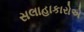
સલાહાકારોએ